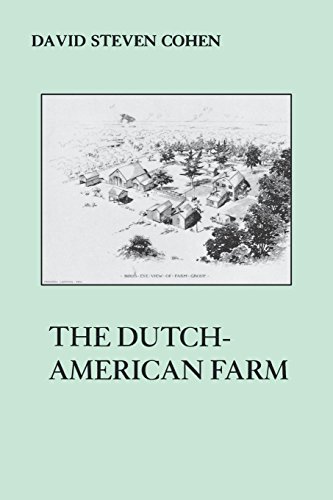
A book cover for The Dutch American Farm (The American Social Experience); David S. Cohen; History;